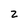
Character: 2